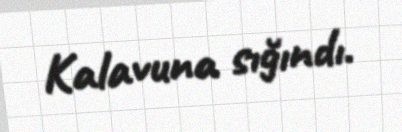
Kalavuna sığındı.